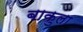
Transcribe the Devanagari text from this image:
बाकुला